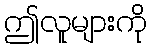
ဤလူများကို